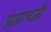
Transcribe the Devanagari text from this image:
प्रतापजी